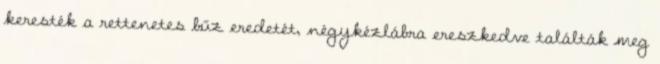
keresték a rettenetes bűz eredetét, négykézlábra ereszkedve találták meg